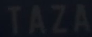
TAZA